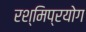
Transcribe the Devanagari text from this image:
रश्मिप्रयोग